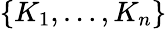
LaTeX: \{ K_{1},\dots,K_{n}\}